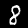
Label: 8